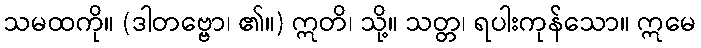
သမထကို။ (ဒါတဗ္ဗော၊ ၏။) ဣတိ၊ သို့။ သတ္တ၊ ရပါးကုန်သော။ ဣမေ